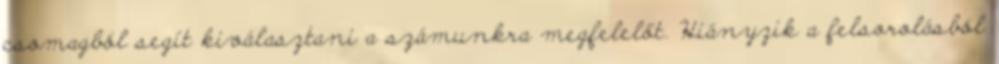
csomagból segít kiválasztani a számunkra megfelelőt. Hiányzik a felsorolásból